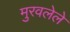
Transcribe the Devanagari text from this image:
मुरवलेले